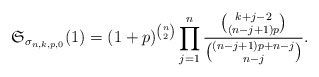
\begin{gather*}\mathfrak{S}_{\sigma_{n,k,p,0}}(1) = (1+p)^{{n \choose 2}} \prod_{j=1}^{n}{{k+j-2 \choose (n-j+1)p} \over {(n-j+1)p+n-j \choose n-j}}.\end{gather*}